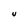
Character: U